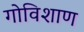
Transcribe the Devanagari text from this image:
गोविशाण